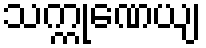
သက္ကုဏေယျ